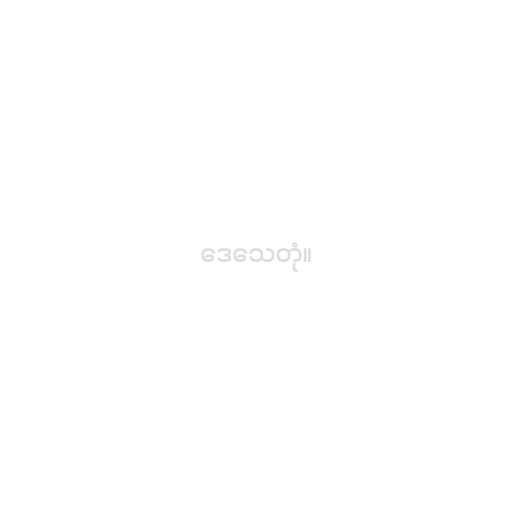
ဒေသေတုံ။